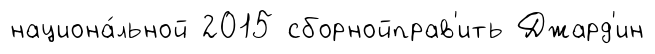
национа́льной 2015 сборнойправ'ить Джард'ин